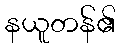
နယူတန်၏